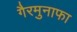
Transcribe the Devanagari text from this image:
गैरमुनाफा